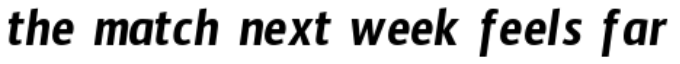
the match next week feels far